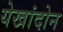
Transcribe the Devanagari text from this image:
येखांदोन